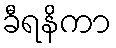
ခီရနိကာ